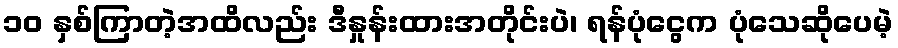
၁၀ နှစ်ကြာတဲ့အထိလည်း ဒီနှုန်းထားအတိုင်းပဲ၊ ရန်ပုံငွေက ပုံသေဆိုပေမဲ့